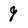
Character: 9